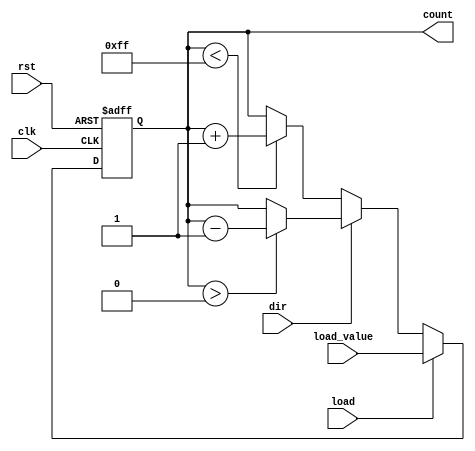
module sync_load_counter #(
    parameter N = 8 // Define the width of the counter
)(
    input wire clk,                // Clock signal
    input wire rst,                // Asynchronous reset signal
    input wire load,               // Load control signal
    input wire [N-1:0] load_value, // Value to load into the counter
    input wire dir,                // Direction: 0 = count up, 1 = count down
    output reg [N-1:0] count       // Current counter value
);

// Initial value of the counter
initial begin
    count = 0;
end

// Synchronous operations on clock edge
always @(posedge clk or posedge rst) begin
    if (rst) begin
        // Reset the counter to 0
        count <= 0;
    end else if (load) begin
        // Load the specified value into the counter
        count <= load_value;
    end else begin
        // Count up or down based on the direction signal
        if (dir) begin
            // Count down
            if (count > 0) begin
                count <= count - 1; // Prevent underflow
            end
        end else begin
            // Count up
            if (count < (2**N - 1)) begin
                count <= count + 1; // Prevent overflow
            end
        end
    end
end

endmodule